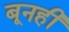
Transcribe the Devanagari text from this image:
बूनही